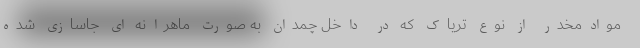
موادمخدر از نوع تریاک که در داخل چمدان به صورت ماهرانه ای جاسازی شده